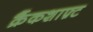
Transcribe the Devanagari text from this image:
क्रैंकशाफ़्ट